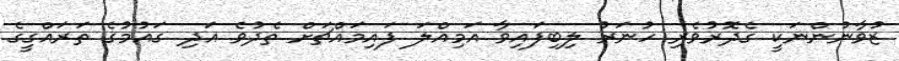
ޒުވާނުންނަކީ ގެދޮރުވެރި ހުނަރު ލިބިފައިވާ އަމިއްލަ ފައިމައްޗަށް ތެދުވެ އަދި ގައުމުގެ ތަރައްގީގެ